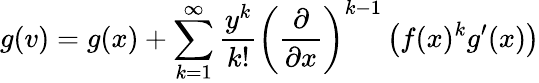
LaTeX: g(v)=g(x)+\sum_{k=1}^{\infty}{\frac{y^{k}}{k!}}\left({\frac{\partial}{\partial x}}\right)^{k-1}\left(f(x)^{k}g^{\prime}(x)\right)